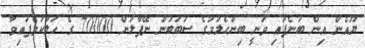
ޔޫއެން އިން ބުނެފައި ވަނީ ބިންހެލުމުގެ ސަބަބުން ނޭޕާލުން 70000 ގެ ހަލާކުވެފައިވާ